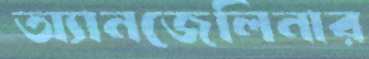
অ্যানজেলিনার